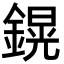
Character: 鎤